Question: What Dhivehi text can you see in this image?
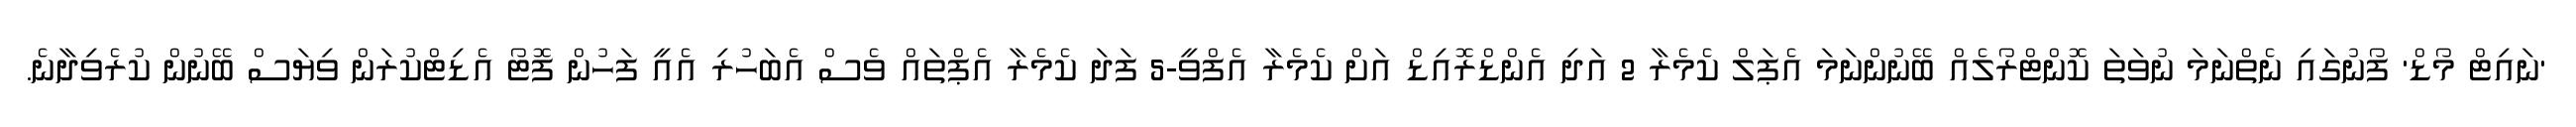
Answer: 'ނައިޓް މޯޑް' ފޯނުގައި ނެތްނަމަ ނުވަތަ ކޮންޓްރޯލެއް ބޭނުންނަމަ އެޕަލް ކެމެރާ 2 އަދި އެންޑްރޮއިޑް އަށް ކެމެރާ އެފްވީ-5 ފަދަ ކެމެރާ އެޕްތައް ވެސް އެބަހުރި އެއީ ފަހުން ފޮޓޯ އެޑިޓްކުރަން ވިޔަސް ބޭނުން ކުރެވިދާނެ.